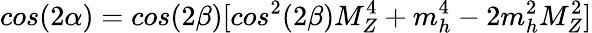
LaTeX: cos(2\alpha)=cos(2\beta)[cos^{2}(2\beta)M_{Z}^{4}+m_{h}^{4}-2m_{h}^{2}M_{Z}^{2}]